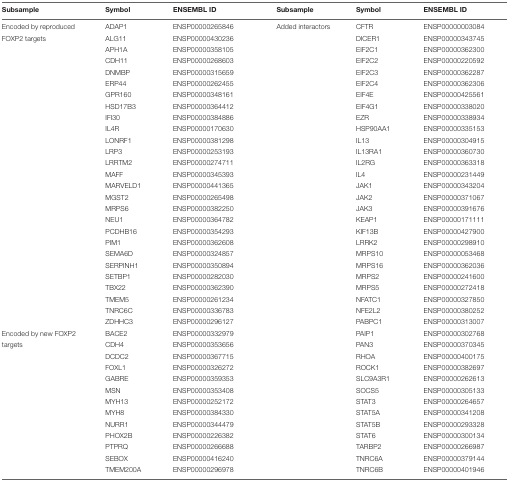
<table><thead><tr><td><b>Subsample</b></td><td><b>Symbol</b></td><td><b>ENSEMBL ID</b></td><td><b>Subsample</b></td><td><b>Symbol</b></td><td><b>ENSEMBL ID</b></td></tr></thead><tbody><tr><td>Encoded by reproduced</td><td>ADAP1</td><td>ENSP00000265846</td><td>Added interactors</td><td>CFTR</td><td>ENSP00000003084</td></tr><tr><td>FOXP2 targets</td><td>ALG11</td><td>ENSP00000430236</td><td></td><td>DICER1</td><td>ENSP00000343745</td></tr><tr><td></td><td>APH1A</td><td>ENSP00000358105</td><td></td><td>EIF2C1</td><td>ENSP00000362300</td></tr><tr><td></td><td>CDH11</td><td>ENSP00000268603</td><td></td><td>EIF2C2</td><td>ENSP00000220592</td></tr><tr><td></td><td>DNMBP</td><td>ENSP00000315659</td><td></td><td>EIF2C3</td><td>ENSP00000362287</td></tr><tr><td></td><td>ERP44</td><td>ENSP00000262455</td><td></td><td>EIF2C4</td><td>ENSP00000362306</td></tr><tr><td></td><td>GPR160</td><td>ENSP00000348161</td><td></td><td>EIF4E</td><td>ENSP00000425561</td></tr><tr><td></td><td>HSD17B3</td><td>ENSP00000364412</td><td></td><td>EIF4G1</td><td>ENSP00000338020</td></tr><tr><td></td><td>IFI30</td><td>ENSP00000384886</td><td></td><td>EZR</td><td>ENSP00000338934</td></tr><tr><td></td><td>IL4R</td><td>ENSP00000170630</td><td></td><td>HSP90AA1</td><td>ENSP00000335153</td></tr><tr><td></td><td>LONRF1</td><td>ENSP00000381298</td><td></td><td>IL13</td><td>ENSP00000304915</td></tr><tr><td></td><td>LRP3</td><td>ENSP00000253193</td><td></td><td>IL13RA1</td><td>ENSP00000360730</td></tr><tr><td></td><td>LRRTM2</td><td>ENSP00000274711</td><td></td><td>IL2RG</td><td>ENSP00000363318</td></tr><tr><td></td><td>MAFF</td><td>ENSP00000345393</td><td></td><td>IL4</td><td>ENSP00000231449</td></tr><tr><td></td><td>MARVELD1</td><td>ENSP00000441365</td><td></td><td>JAK1</td><td>ENSP00000343204</td></tr><tr><td></td><td>MGST2</td><td>ENSP00000265498</td><td></td><td>JAK2</td><td>ENSP00000371067</td></tr><tr><td></td><td>MRPS6</td><td>ENSP00000382250</td><td></td><td>JAK3</td><td>ENSP00000391676</td></tr><tr><td></td><td>NEU1</td><td>ENSP00000364782</td><td></td><td>KEAP1</td><td>ENSP00000171111</td></tr><tr><td></td><td>PCDHB16</td><td>ENSP00000354293</td><td></td><td>KIF13B</td><td>ENSP00000427900</td></tr><tr><td></td><td>PIM1</td><td>ENSP00000362608</td><td></td><td>LRRK2</td><td>ENSP00000298910</td></tr><tr><td></td><td>SEMA6D</td><td>ENSP00000324857</td><td></td><td>MRPS10</td><td>ENSP00000053468</td></tr><tr><td></td><td>SERPINH1</td><td>ENSP00000350894</td><td></td><td>MRPS16</td><td>ENSP00000362036</td></tr><tr><td></td><td>SETBP1</td><td>ENSP00000282030</td><td></td><td>MRPS2</td><td>ENSP00000241600</td></tr><tr><td></td><td>TBX22</td><td>ENSP00000362390</td><td></td><td>MRPS5</td><td>ENSP00000272418</td></tr><tr><td></td><td>TMEM5</td><td>ENSP00000261234</td><td></td><td>NFATC1</td><td>ENSP00000327850</td></tr><tr><td></td><td>TNRC6C</td><td>ENSP00000336783</td><td></td><td>NFE2L2</td><td>ENSP00000380252</td></tr><tr><td></td><td>ZDHHC3</td><td>ENSP00000296127</td><td></td><td>PABPC1</td><td>ENSP00000313007</td></tr><tr><td>Encoded by new FOXP2</td><td>BACE2</td><td>ENSP00000332979</td><td></td><td>PAIP1</td><td>ENSP00000302768</td></tr><tr><td>targets</td><td>CDH4</td><td>ENSP00000353656</td><td></td><td>PAN3</td><td>ENSP00000370345</td></tr><tr><td></td><td>DCDC2</td><td>ENSP00000367715</td><td></td><td>RHOA</td><td>ENSP00000400175</td></tr><tr><td></td><td>FOXL1</td><td>ENSP00000326272</td><td></td><td>ROCK1</td><td>ENSP00000382697</td></tr><tr><td></td><td>GABRE</td><td>ENSP00000359353</td><td></td><td>SLC9A3R1</td><td>ENSP00000262613</td></tr><tr><td></td><td>MSN</td><td>ENSP00000353408</td><td></td><td>SOCS5</td><td>ENSP00000305133</td></tr><tr><td></td><td>MYH13</td><td>ENSP00000252172</td><td></td><td>STAT3</td><td>ENSP00000264657</td></tr><tr><td></td><td>MYH8</td><td>ENSP00000384330</td><td></td><td>STAT5A</td><td>ENSP00000341208</td></tr><tr><td></td><td>NURR1</td><td>ENSP00000344479</td><td></td><td>STAT5B</td><td>ENSP00000293328</td></tr><tr><td></td><td>PHOX2B</td><td>ENSP00000226382</td><td></td><td>STAT6</td><td>ENSP00000300134</td></tr><tr><td></td><td>PTPRQ</td><td>ENSP00000266688</td><td></td><td>TARBP2</td><td>ENSP00000266987</td></tr><tr><td></td><td>SEBOX</td><td>ENSP00000416240</td><td></td><td>TNRC6A</td><td>ENSP00000379144</td></tr><tr><td></td><td>TMEM200A</td><td>ENSP00000296978</td><td></td><td>TNRC6B</td><td>ENSP00000401946</td></tr></tbody></table>